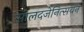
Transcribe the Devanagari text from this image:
सोलदजेनित्सयन